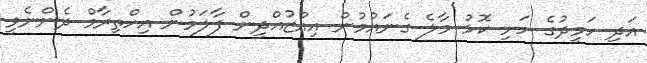
އަދި ހަމީދުގެ ހަށި ކޮޅު މާލެ ގެނައުމުން އިއްޒުއްދީން ފާލަމުން އިހްތިރާމް ދެންނެވީ